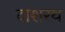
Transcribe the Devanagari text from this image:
दाशरथ